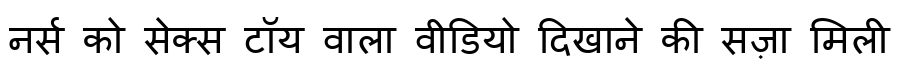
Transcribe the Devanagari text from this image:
नर्स को सेक्स टॉय वाला वीडियो दिखाने की सज़ा मिली